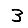
Digit: 3